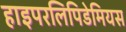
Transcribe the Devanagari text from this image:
हाइपरलिपिडेमियस